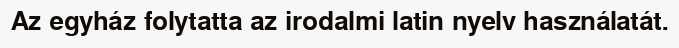
Az egyház folytatta az irodalmi latin nyelv használatát.